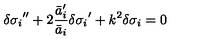
{ \delta \sigma _ { i } } ^ { \prime \prime } + 2 \frac { { \bar { a } _ { i } ^ { \prime } } } { \bar { a } _ { i } } { \delta \sigma _ { i } } ^ { \prime } + k ^ { 2 } \delta \sigma _ { i } = 0